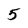
Character: 5